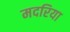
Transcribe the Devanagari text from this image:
मदरिया